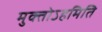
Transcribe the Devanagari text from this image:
मुक्तोऽहमिति